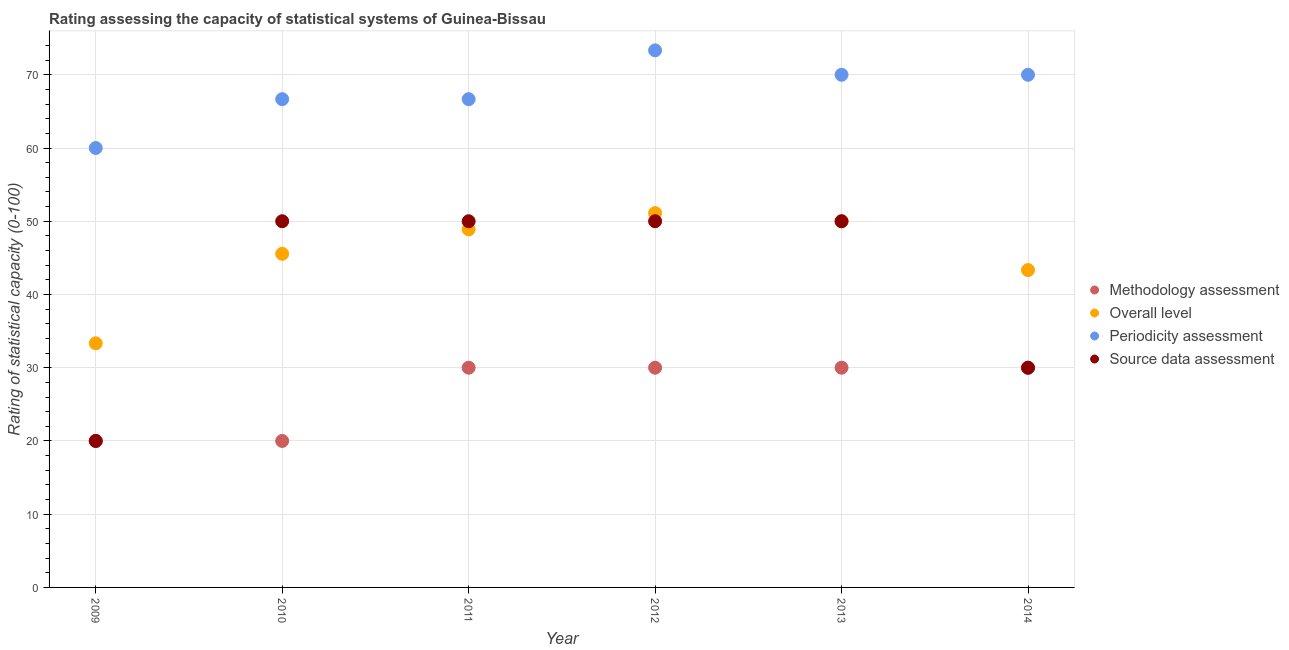
| Year | Methodology assessment | Overall level | Periodicity assessment | Source data assessment |
 | --- | --- | --- | --- | --- |
 | 2009 | 20 | 33.3 | 60 | 20 |
 | 2010 | 20 | 45.6 | 66.7 | 50 |
 | 2011 | 30 | 48.9 | 66.7 | 50 |
 | 2012 | 30 | 51.1 | 73.3 | 50 |
 | 2013 | 30 | 50 | 70 | 50 |
 | 2014 | 30 | 43.3 | 70 | 30 |